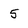
Character: 5